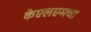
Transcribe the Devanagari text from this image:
केएलएमचा